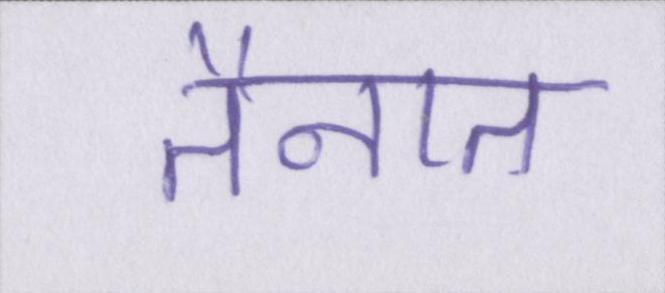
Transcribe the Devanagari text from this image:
तैनात